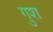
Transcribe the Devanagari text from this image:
गुश